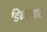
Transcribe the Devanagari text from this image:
डिब्बावाले